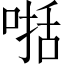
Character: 𠸓